Indian Medical Review
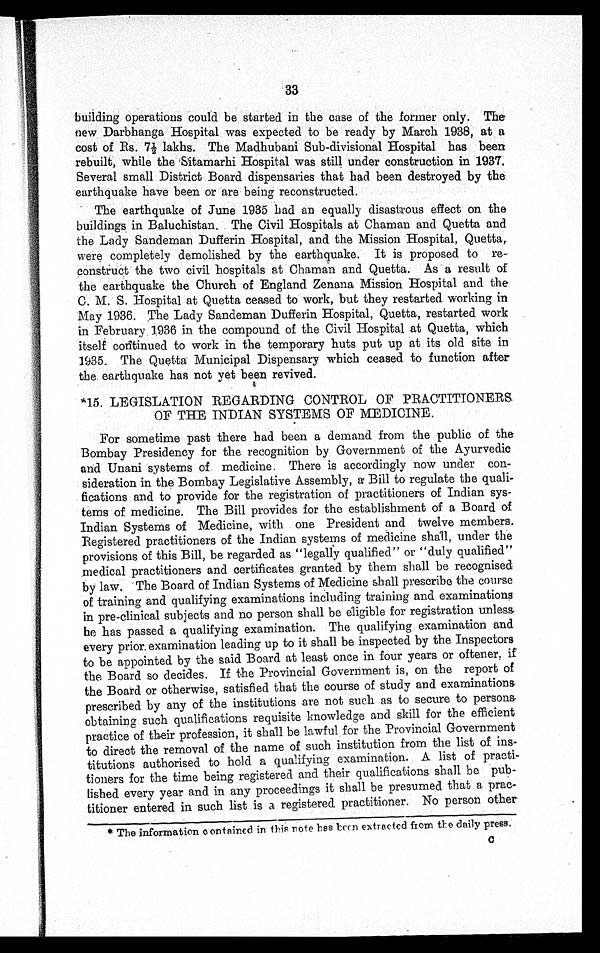
33
building operations could be started in the case of the former only. The
new Darbhanga Hospital was expected to be ready by March 1938, at a
cost of Rs. 7½lakhs. The Madhubani Sub-divisional Hospital has been
rebuilt, while the Sitamarhi Hospital was still under construction in 1937.
Several small District Board dispensaries that had been destroyed by the
earthquake have been or are being reconstructed.
The earthquake of June 1935 had an equally disastrous effect on the
buildings in Baluchistan. The Civil Hospitals at Chaman and Quetta and
the Lady Sandeman Dufferin Hospital, and the Mission Hospital, Quetta,
were completely demolished by the earthquake. It is proposed to re-
construct the two civil hospitals at Chaman and Quetta. As a result of
the earthquake the Church of England Zenana Mission Hospital and the
C. M. S. Hospital at Quetta ceased to work, but they restarted working in
May 1936. The Lady Sandeman Dufferin Hospital, Quetta, restarted work
in February 1936 in the compound of the Civil Hospital at Quetta, which
itself continued to work in the temporary huts put up at its old site in
1935. The Quetta Municipal Dispensary which ceased to function after
the earthquake has not yet been revived.
*15. LEGISLATION REGARDING CONTROL OF PRACTITIONERS,
OF THE INDIAN SYSTEMS OF MEDICINE.
For sometime past there had been a demand from the public of the
Bombay Presidency for the recognition by Government of the Ayurvedic
and Unani systems of medicine. There is accordingly now under con-
- sideration in the Bombay Legislative Assembly, a Bill to regulate the quali-
fications and to provide for the registration of practitioners of Indian sys-
tems of medicine. The Bill provides for the establishment of a Board of
Indian Systems of Medicine, with one President and twelve members.
Registered practitioners of the Indian systems of medicine shall, under the
provisions of this Bill, be regarded as "legally qualified" or "duly qualified"
medical practitioners and certificates granted by them shall be recognised
by law. The Board of Indian Systems of Medicine shall prescribe the course
of training and qualifying examinations including training and examinations
in pre-clinical subjects and no person shall be eligible for registration unless
he has passed a qualifying examination. The qualifying examination and
every prior. examination leading up to it shall be inspected by the Inspectors
to be appointed by the said Board at least once in four years or oftener,if
the Board so decides. If the Provincial Government is, on the report of
the Board or otherwise, satisfied that the course of study and examination
s p r e s c r i b e d b y a n y o f t h e i n s t i t u t i o n s a r e n o t s u c h a s t o s e c u r e t o p e r s o n s
obtaining such qualifications requisite knowledge and skill for the efficient
practice of their profession, it shall be lawful for the Provincial Government
to direct the removal of the name of such institution from the list of ins-
titutions authorised to hold a qualifying examination. A list of practi-
tioners for the time being registered and their qualifications shall be pub-
lished every year and in any proceedings it shall be presumed that a prac-
titioner entered in such list is a registered practitioner. No person other
* The information contained in this rote has been extracted from the daily press.